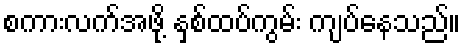
စကားလက်အဖို့ နှစ်ထပ်ကွမ်း ကျပ်နေသည်။